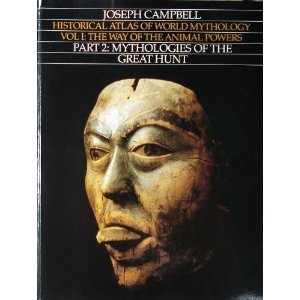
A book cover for Historical Atlas of World Mythology, Vol. I: The Way of the Animal Powers, Part 2: Mythologies of the Great Hunt; Joseph Campbell; Reference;